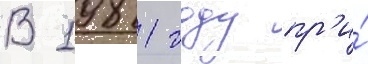
В 1981 году пр'и́